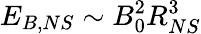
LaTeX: E_{B,NS}\sim B_{0}^{2}R_{NS}^{3}